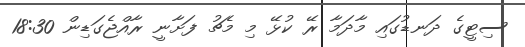
ސިޓީގެ ދަނޑުގައި މާދަމާ ރޭ ކުޅޭ މި މެޗު ފަށާނީ ރާއްޖެގަޑިން 18:30